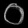
Digit: ၀